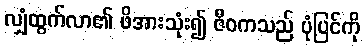
လျှံထွက်လာ၏ ဖိအားသုံး၍ ဇီဝကသည် ပုံပြင်ကို